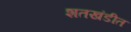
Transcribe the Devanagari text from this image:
शतखंडीत